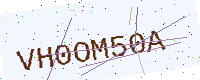
Text: VH0OM50A